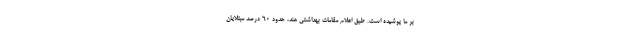
بر ما پوشیده است. طبق اعلام مقامات بهداشتی هند، حدود 60 درصد مبتلایان